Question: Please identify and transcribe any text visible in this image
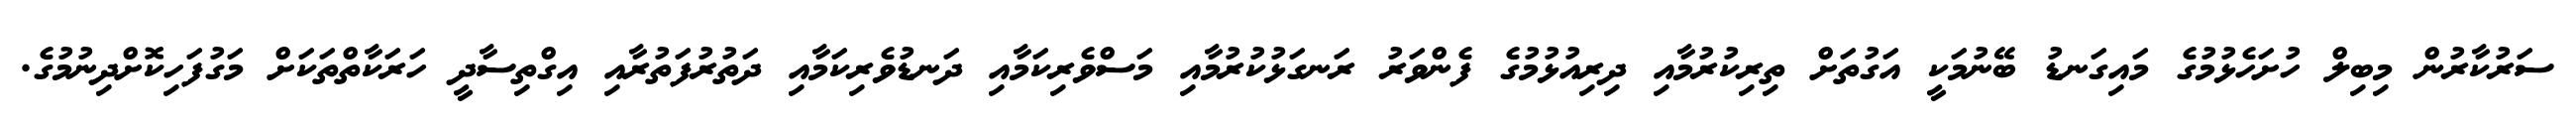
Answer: ސަރުކާރުން މިބިލް ހުށަހެޅުމުގެ މައިގަނޑު ބޭނުމަކީ އަގުތަށް ތިރިކުރުމާއި ދިރިއުޅުމުގެ ފެންވަރު ރަނގަޅުކުރުމާއި މަސްވެރިކަމާއި ދަނޑުވެރިކަމާއި ދަތުރުފަތުރާއި އިގްތިސާދީ ހަރަކާތްތަކަށް މަގުފަހިކޮށްދިނުމުގެ.